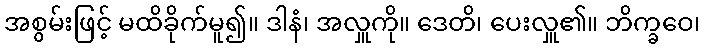
အစွမ်းဖြင့် မထိခိုက်မူ၍။ ဒါနံ၊ အလှူကို။ ဒေတိ၊ ပေးလှူ၏။ ဘိက္ခဝေ၊